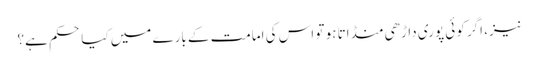
نیز، اگر کوئی پوری داڑھی منڈاتا ہو تو اس کی امامت کے بارے میں کیا حکم ہے؟